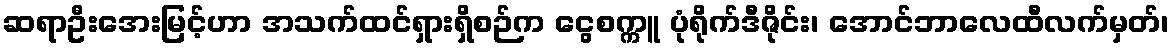
ဆရာဦးအေးမြင့်ဟာ အသက်ထင်ရှားရှိစဉ်က ငွေစက္ကူ ပုံရိုက်ဒီဇိုင်း၊ အောင်ဘာလေထီလက်မှတ်၊